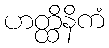
ဟတ္ထိနိကံ